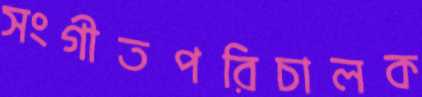
সংগীতপরিচালক